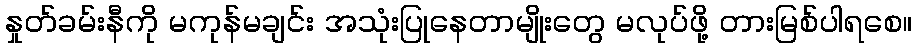
နှုတ်ခမ်းနီကို မကုန်မချင်း အသုံးပြုနေတာမျိုးတွေ မလုပ်ဖို့ တားမြစ်ပါရစေ။